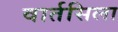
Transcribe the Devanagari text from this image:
वार्तसिला